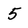
Character: 5